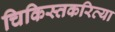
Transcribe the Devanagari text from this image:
चिकिस्तकरित्या